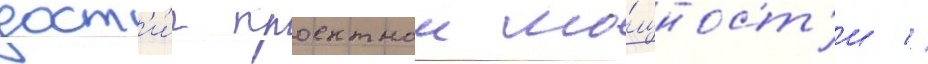
дост'и́г проектнои мо́щност'и //